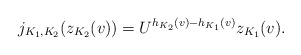
\begin{align*}j_{K_1,K_2}(z_{K_2}(v))=U^{h_{K_2}(v)-h_{K_1}(v)}z_{K_1}(v).\end{align*}